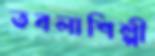
তবলাশিল্পী